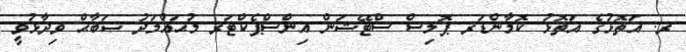
ރ. އަތޮޅުގެ އަތޮޅު ކޮމާންޑަރ ޕޮލިސް ސްޓޭޝަން އިންސްޕެކްޓަރ މުޙައްމަދު ޞަބާޙް ވިދާޅުވީ